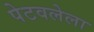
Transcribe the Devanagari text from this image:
पेटवलेला